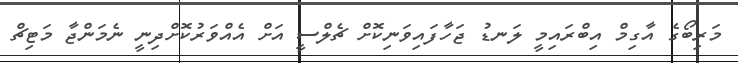
މަރިބޯގެ އާގިމް އިބްރައިމީ ލަނޑު ޖަހާފައިވަނިކޮށް ޗެލްސީ އަށް އެއްވަރުކޮށްދިނީ ނެމަންޖާ މަޓިޗް